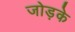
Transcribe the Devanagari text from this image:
जोड़के